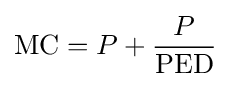
{\text{MC}}=P+{\frac {P}{\text{PED}}}